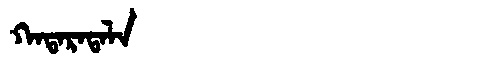
Manchu: ᡴᠠᡨᠠᡵᠠᡨᠠᠯᠠ
Romanization: KATARATALA